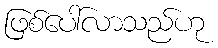
ဖြစ်ပေါ်လာသည်ဟု